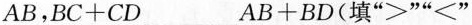
或"=").